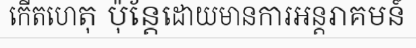
កើតហេតុ ប៉ុន្តែដោយមានការអន្តរាគមន៍